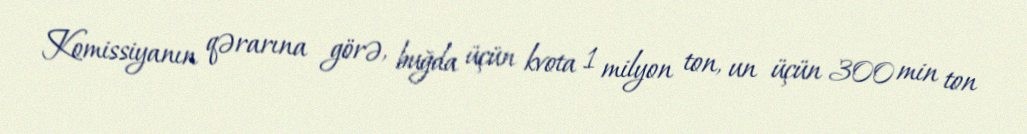
Komissiyanın qərarına görə, buğda üçün kvota 1 milyon ton, un üçün 300 min ton